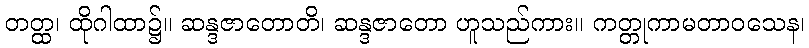
တတ္ထ၊ ထိုဂါထာ၌။ ဆန္ဒဇာတောတိ၊ ဆန္ဒဇာတော ဟူသည်ကား။ ကတ္တုကာမတာဝသေန၊